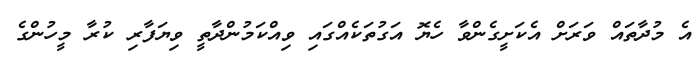
އެ މުދާތައް ވަރަށް އެކަށީގެންވާ ހެޔޮ އަގުތަކެއްގައި ވިއްކަމުންދާތީ ވިޔަފާރި ކުރާ މީހުންގެ